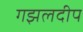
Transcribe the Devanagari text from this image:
गझलदीप